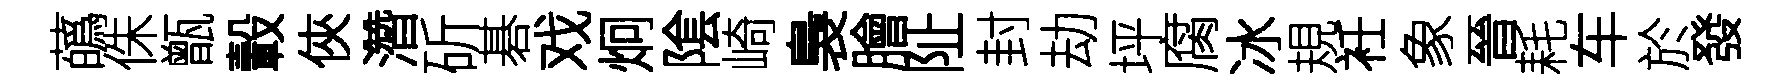
蘤侏甑轂俠濳斫碁戏炯隂崎裊膾阯封劫坪腐冰規衽象晉耗车於發